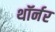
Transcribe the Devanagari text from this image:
थॉर्नर